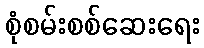
စုံစမ်းစစ်ဆေးရေး